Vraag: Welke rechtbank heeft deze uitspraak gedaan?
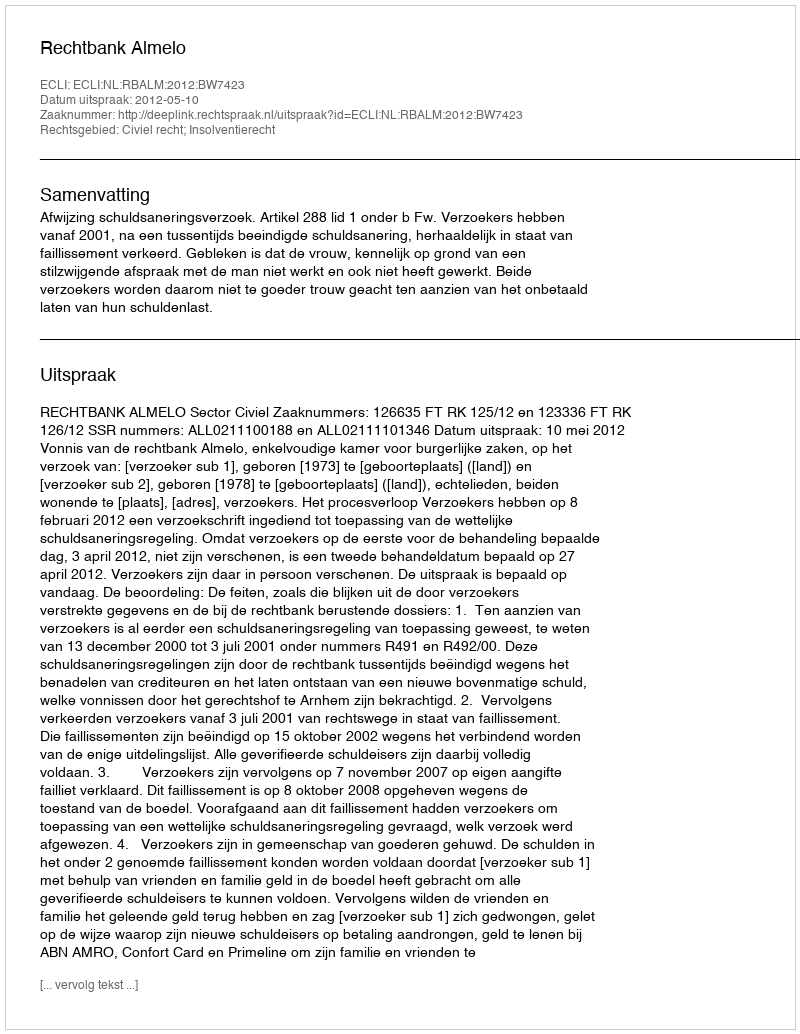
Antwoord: Rechtbank Almelo